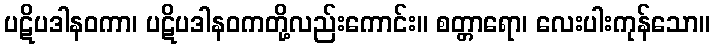
ပဋိပဒါနဝကာ၊ ပဋိပဒါနဝကတို့လည်းကောင်း။ စတ္တာရော၊ လေးပါးကုန်သော။